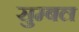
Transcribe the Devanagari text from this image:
सुम्बल